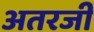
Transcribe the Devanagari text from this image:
अतरजी